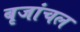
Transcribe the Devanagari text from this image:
बृजांचल